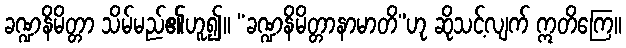
ခဏ္ဍနိမိတ္တာ သိမ်မည်၏ဟူ၍။ “ခဏ္ဍနိမိတ္တာနာမာတိ”ဟု ဆိုသင့်လျက် ဣတိကြေ။